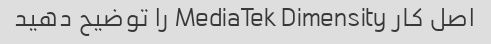
اصل کار MediaTek Dimensity را توضیح دهید